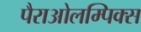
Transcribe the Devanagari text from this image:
पैराओलम्पिक्स